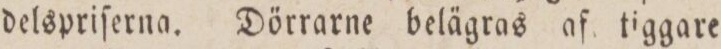
delspriſerna. Dörrarne belägras af tiggare